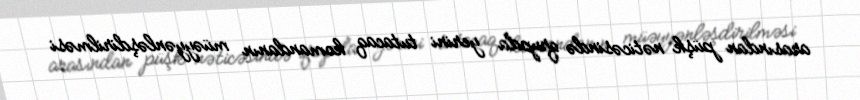
arasından püşk nəticəsində qrupda yerini tutacaq komandanın müəyyənləşdirilməsi